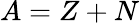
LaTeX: A=Z+N